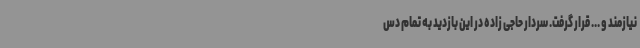
نیازمند و ... قرار گرفت. سردار حاجی زاده در این بازدید به تمام دس